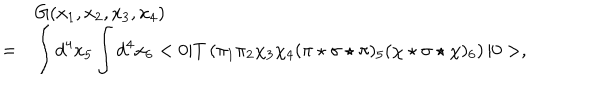
LaTeX: \begin{array} { r l } { { } } & { { G ( x _ { 1 } , x _ { 2 } , x _ { 3 } , x _ { 4 } ) } } \\ { { = } } & { { \displaystyle \int d ^ { 4 } x _ { 5 } \int d ^ { 4 } x _ { 6 } < 0 | T \left( \pi _ { 1 } \pi _ { 2 } \chi _ { 3 } \chi _ { 4 } ( \pi \star \sigma \star \pi ) _ { 5 } ( \chi \star \sigma \star \chi ) _ { 6 } \right) | 0 > , } } \\ \end{array}